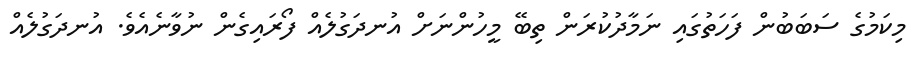
މިކަމުގެ ސަބަބުން ފަހަތުގައި ނަމާދުކުރަން ތިބޭ މީހުންނަށް އުނދަގުލެއް ފޯރައިގެން ނުވާނެއެވެ. އުނދަގުލެއް